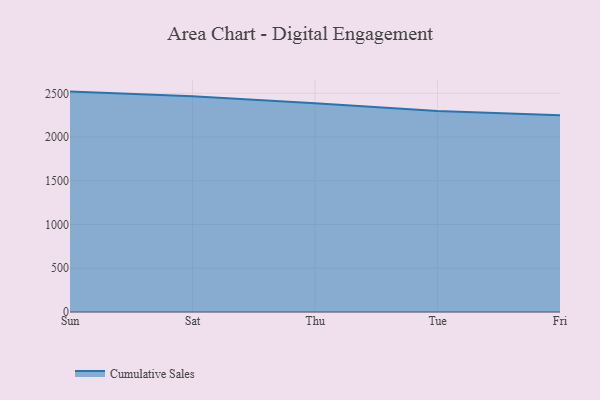
{"axis": {"x": "Day", "y": "Page Views"}, "legend": ["Cumulative Sales"], "data": [{"x": "Sun", "y": 2519.4, "type": "Cumulative Sales"}, {"x": "Sat", "y": 2467.1, "type": "Cumulative Sales"}, {"x": "Thu", "y": 2385.2, "type": "Cumulative Sales"}, {"x": "Tue", "y": 2298.5, "type": "Cumulative Sales"}, {"x": "Fri", "y": 2249.2, "type": "Cumulative Sales"}]}